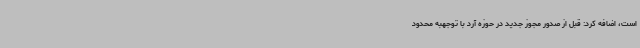
است، اضافه کرد: قبل از صدور مجوز جدید در حوزه آرد با توجهبه محدود